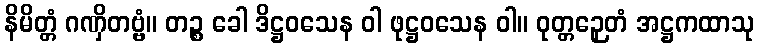
နိမိတ္တံ ဂဏှိတဗ္ဗံ။ တဉ္စ ခေါ ဒိဋ္ဌဝသေန ဝါ ဖုဋ္ဌဝသေန ဝါ။ ဝုတ္တဉှေတံ အဋ္ဌကထာသု